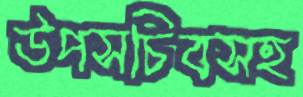
উপসচিবসহ